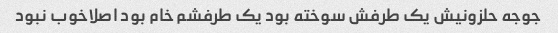
جوجه حلزونیش یک طرفش سوخته بود یک طرفشم خام بود اصلاخوب نبود